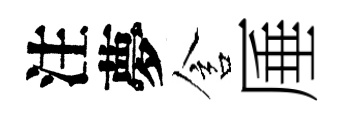
注夢含厜